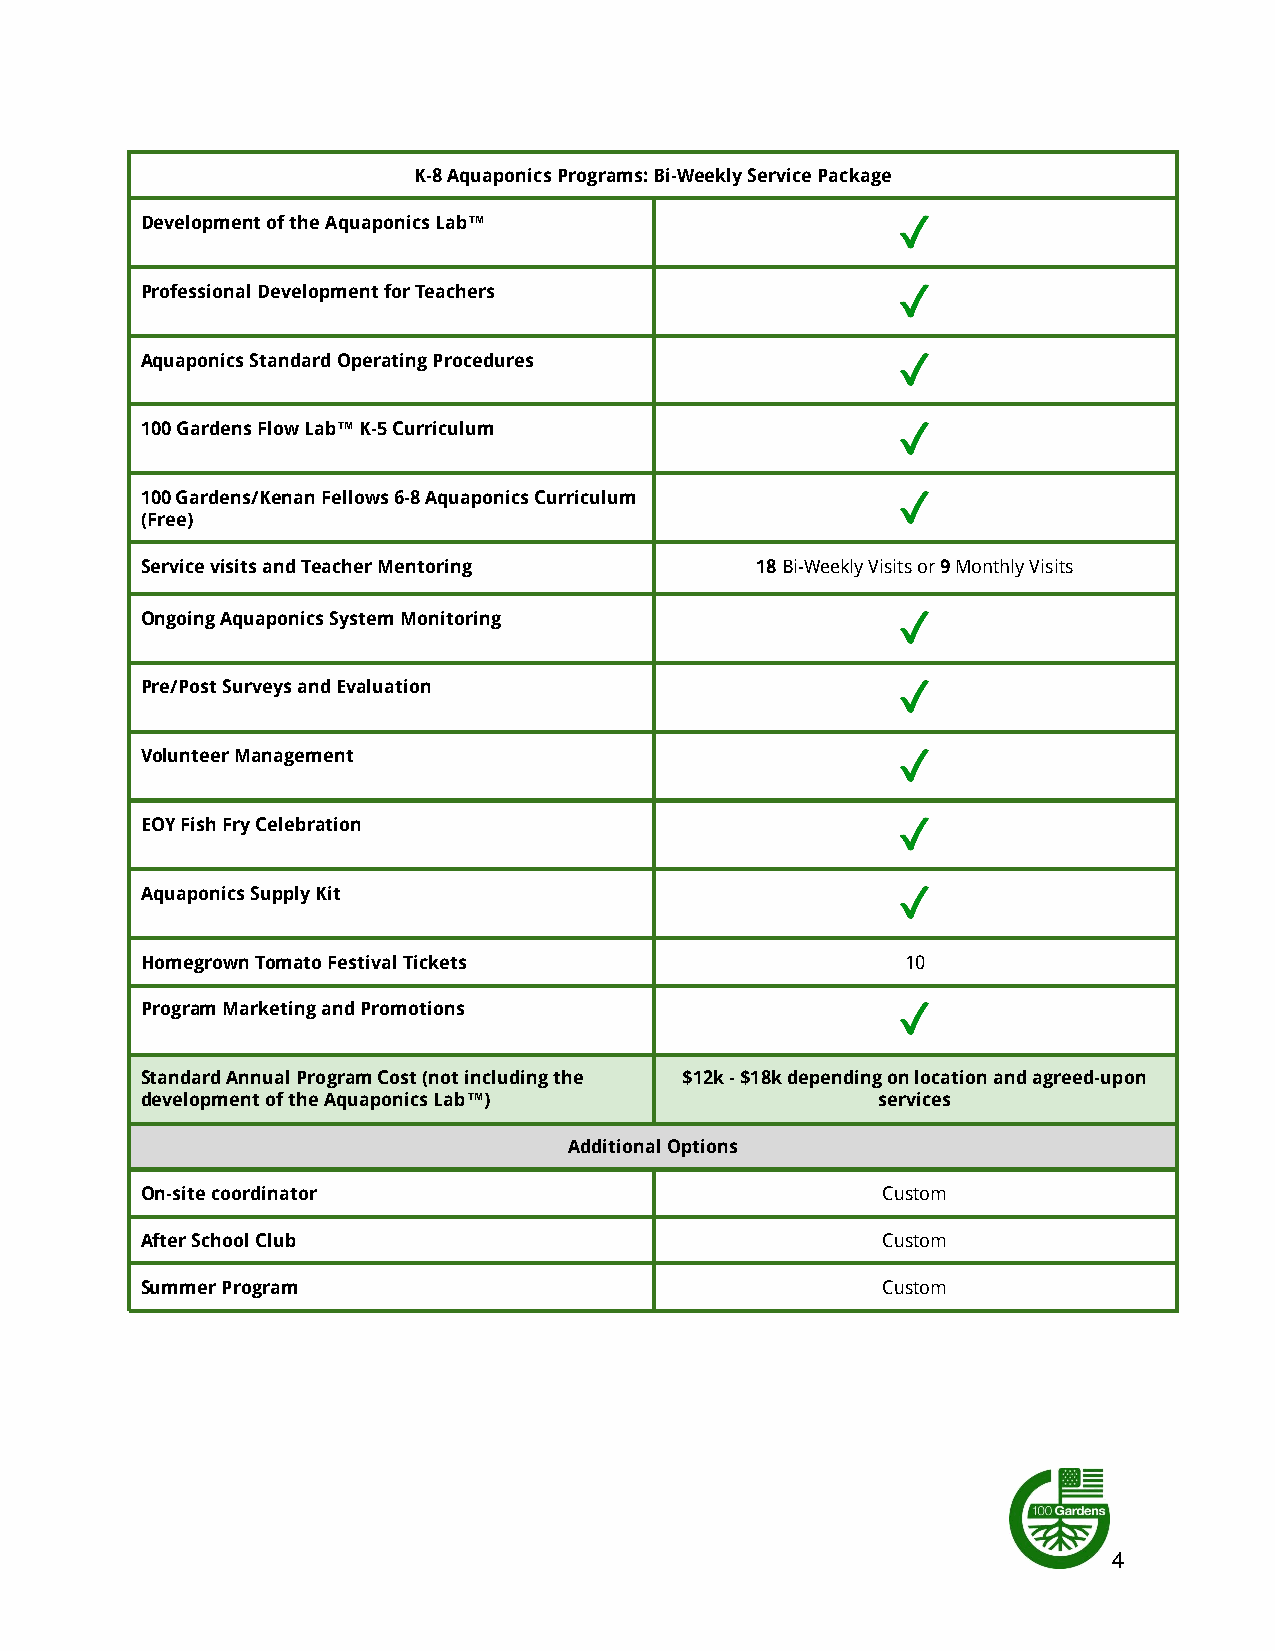
K-8 Aquaponics Programs: Bi-Weekly Service Package
 Development of the Aquaponics Lab™
 Professional Development for Teachers
 Aquaponics Standard Operating Procedures
 100 Gardens Flow Lab™ K-5 Curriculum
 100 Gardens/Kenan Fellows 6-8 Aquaponics Curriculum
 (Free)
 Service visits and Teacher Mentoring     18Bi-Weekly Visits or9Monthly Visits
 Ongoing Aquaponics System Monitoring
 Pre/Post Surveys and Evaluation
 Volunteer Management
 EOY Fish Fry Celebration
 Aquaponics Supply Kit
 Homegrown Tomato Festival Tickets                  10
 Program Marketing and Promotions
 Standard Annual Program Cost (not including the $12k - $18k depending on location and agreed-upon
 development of the Aquaponics Lab™)              services
 Additional Options
 On-site coordinator                              Custom
 After School Club                                Custom
 Summer Program                                   Custom
 4